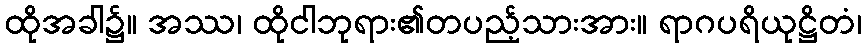
ထိုအခါ၌။ အဿ၊ ထိုငါဘုရား၏တပည့်သားအား။ ရာဂပရိယုဋ္ဌိတံ၊